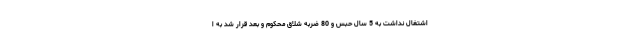
اشتغال نداشت به 5 سال حبس و 80 ضربه شلاق محکوم و بعد قرار شد به ا